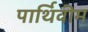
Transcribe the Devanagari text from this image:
पार्थिवीम